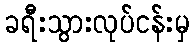
ခရီးသွားလုပ်ငန်းမှ